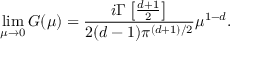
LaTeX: \operatorname * { l i m } _ { \mu \to 0 } G ( \mu ) = \frac { i \Gamma \left[ \frac { d + 1 } { 2 } \right] } { 2 ( d - 1 ) \pi ^ { ( d + 1 ) / 2 } } \mu ^ { 1 - d } .